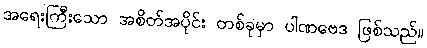
အရေးကြီးသော အစိတ်အပိုင်း တစ်ခုမှာ ပါဏဗေဒ ဖြစ်သည်။